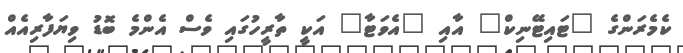
ކެމެރަންގެ "ޓައިޓޭނިކް" އާއި "އެވަޓާ" އަކީ ތާރީހުގައި ވެސް އެންމެ ބޮޑު ވިޔަފާރިއެއް